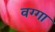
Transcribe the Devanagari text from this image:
वग्गा